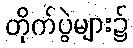
တိုက်ပွဲများ၌